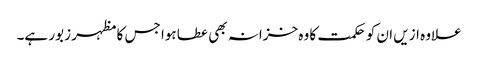
علاوہ ازیں ان کو حکمت کا وہ خزانہ بھی عطا ہوا جس کا مظہر زبور ہے۔